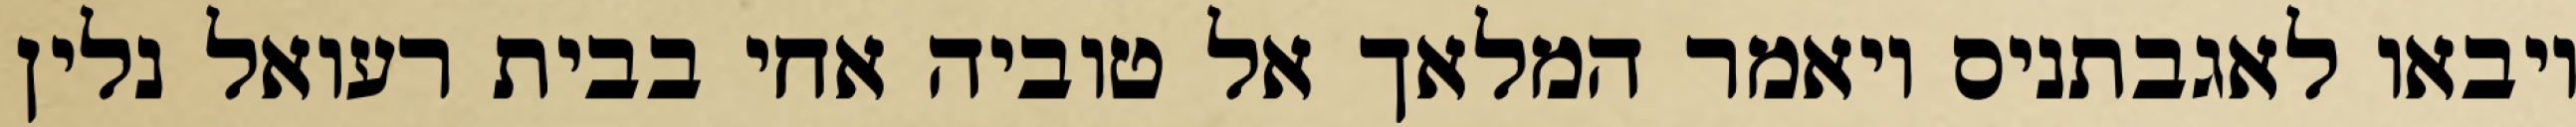
ויבאו לאגבתניס ויאמר המלאך אל טוביה אחי בבית רעואל נלין